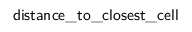
\mathsf { d i s t a n c e \_ t o \_ c l o s e s t \_ c e l l }